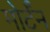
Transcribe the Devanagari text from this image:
मोर्टॅन